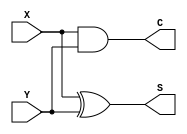
module half_addr(X,Y,S,C);
   input X,Y;
   output S,C;

   wire S;
   wire C;

   assign S=X^Y;
   assign C=X&Y;
endmodule